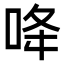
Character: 𠲓